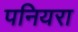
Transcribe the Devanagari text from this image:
पनियरा